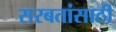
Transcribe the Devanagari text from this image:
सरबतांसाठी